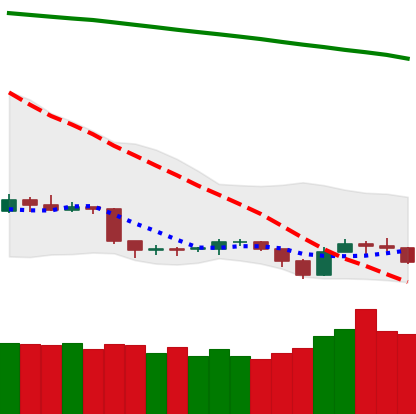
Ticker: TRX-USD
Chart end date: 2019-09-11
Forward return: 4.915%
Label: up_3_5